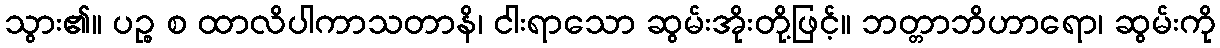
သွား၏။ ပဉ္စ စ ထာလိပါကာသတာနိ၊ ငါးရာသော ဆွမ်းအိုးတို့ဖြင့်။ ဘတ္တာဘိဟာရော၊ ဆွမ်းကို